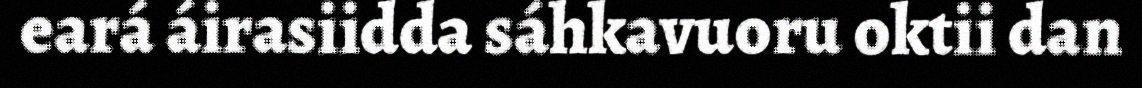
eará áirasiidda sáhkavuoru oktii dan